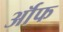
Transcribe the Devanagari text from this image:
र्ऑफ